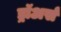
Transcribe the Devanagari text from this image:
ड्रॉअर्स